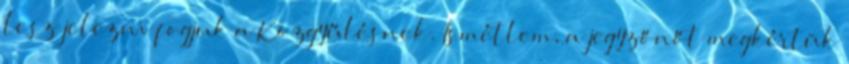
lesz jelezni fogjuk a Közgyűlésnek. Ismétlem, a jegyzőnőt megkértük